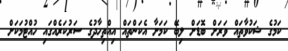
ކަމުގެ ޝަކުވާތައް ވަރަށް ބޮޑަށް ލިބޭ ކަމަށާ އެކަންތައް އިއްތިހާދުގެ ސަރުކަރެއްގައި ހުއްޓުމަކަށް